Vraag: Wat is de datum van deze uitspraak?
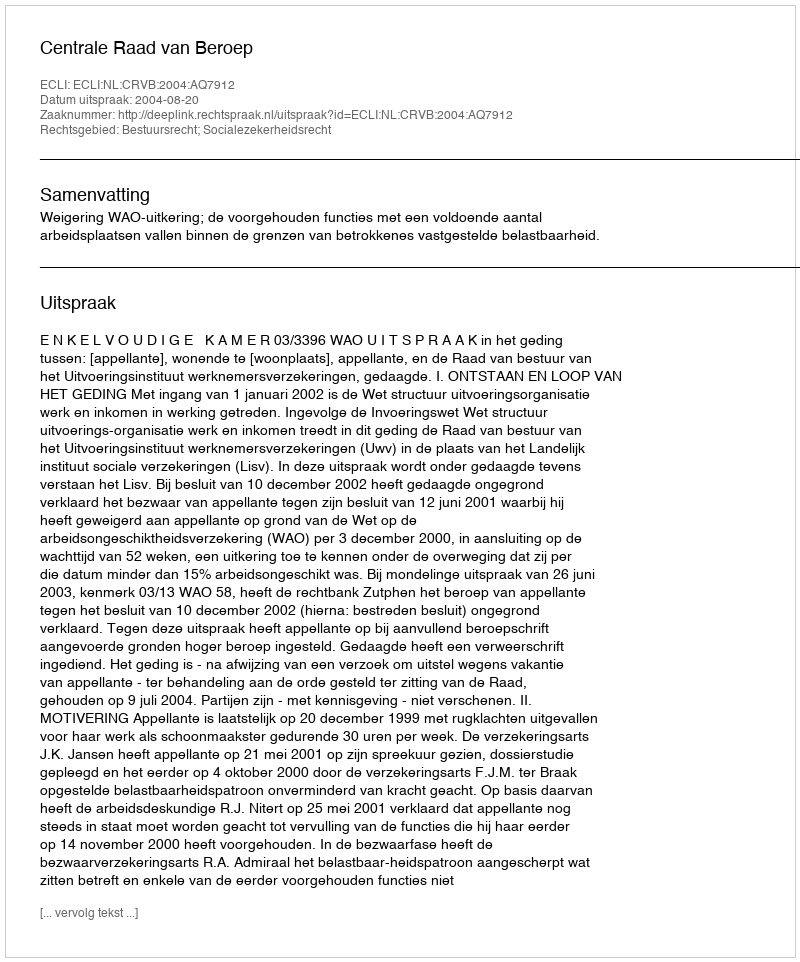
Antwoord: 2004-08-20